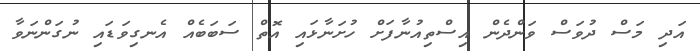
އަދި މަސް ދުވަސް ވަންދެން އިސްތިއުނާފަށް ހުށަނާޅައި އޮތް ސަބަބެއް އެނގިވަޑައި ނުގަންނަވާ